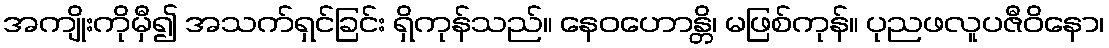
အကျိုးကိုမှီ၍ အသက်ရှင်ခြင်း ရှိကုန်သည်။ နေဝဟောန္တိ၊ မဖြစ်ကုန်။ ပုညဖလူပဇီဝိနော၊